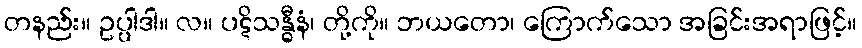
တနည်း။ ဥပ္ပါဒါ။ လ။ ပဋိသန္ဓီနံ၊ တို့ကို။ ဘယတော၊ ကြောက်သော အခြင်းအရာဖြင့်။